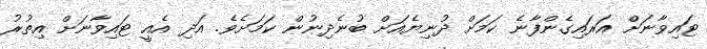
ޓައިވާނަށް އަރައިގެންފާނެ ކަމަށް ދުނިޔެއަށް ބުނެދިނުން ކަމަށެވެ. އަދި އެއީ ޓައިވާނަށް އިތުރު